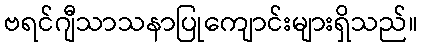
ဗရင်ဂျီသာသနာပြုကျောင်းများရှိသည်။